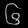
Digit: ၆